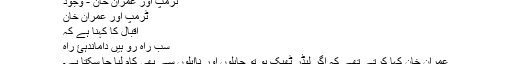
ٹرمپ اور عمران خان - وجود
ٹرمپ اور عمران خان
اقبالؒ کا کہنا ہے کہ
سب راہ رو ہیں داماندہئ راہ
عمران خان کہا کرتے تھے کہ اگر لیڈر ٹھیک ہو تو جاہلوں اور نااہلوں سے بھی کام لیا جا سکتا ہے۔